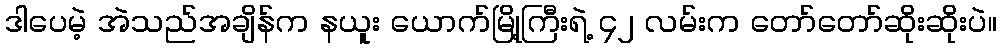
ဒါပေမဲ့ အဲသည်အချိန်က နယူး ယောက်မြို့ကြီးရဲ့ ၄၂ လမ်းက တော်တော်ဆိုးဆိုးပဲ။